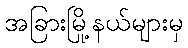
အခြားမြို့နယ်များမှ